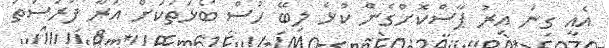
އެއީ ގިނަ އިރު ޕާސްކޮށްގެން ކުޅެ ލިބޭ ހުސް ބޯޅަތަކަށް އަރާ ފުރުސަތު